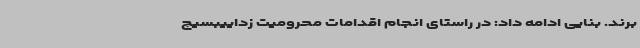
برند. بنایی ادامه داد: در راستای انجام اقدامات محرومیت زداییبسیج